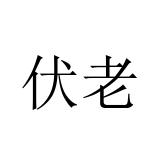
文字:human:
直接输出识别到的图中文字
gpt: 伏老